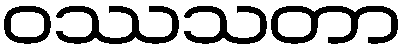
ဝဿသတာ